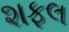
શફલ